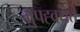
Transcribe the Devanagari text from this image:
मुपह्वयते